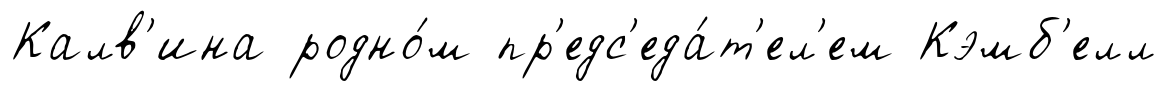
Калв'ина родно́м пр'едс'еда́т'ел'ем Кэмб'елл